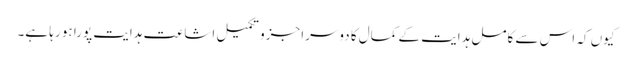
کیوں کہ اس سے کامل ہدایت کے کمال کا دوسرا جزو تکمیل اشاعت ہدایت پورا ہو رہا ہے۔